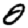
Digit: 0